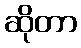
ဆိုတာ